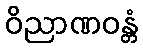
ဝိညာဏဝန္တံ